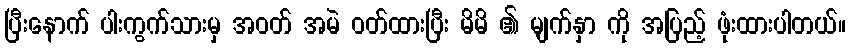
ပြီးနောက် ပါးကွက်သားမှ အဝတ် အမဲ ဝတ်ထားပြီး မိမိ ၏ မျက်နှာ ကို အပြည့် ဖုံးထားပါတယ်။